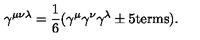
\gamma ^ { \mu \nu \lambda } = { \frac { 1 } { 6 } } ( \gamma ^ { \mu } \gamma ^ { \nu } \gamma ^ { \lambda } \pm \mathrm { 5 t e r m s } ) .